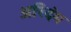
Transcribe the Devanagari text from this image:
अरिदंम